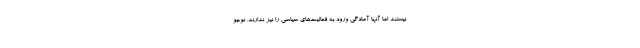
نیستند اما آنها آمادگی ورود به فعالیت‌های سیاسی را نیز ندارند. نوجو